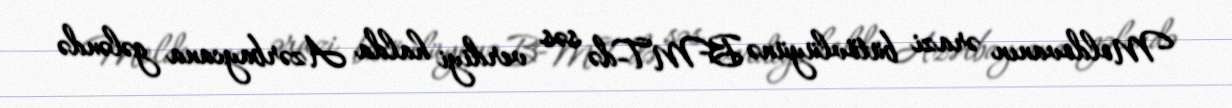
Moldovanın ərazi bütövlüyünə BMT-də səs verdiyi halda Azərbaycana gələndə